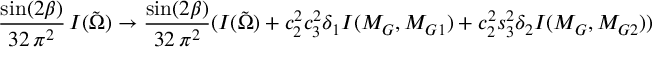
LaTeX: \frac { \sin ( 2 \beta ) } { 3 2 \, \pi ^ { 2 } } \, I ( \tilde { \Omega } ) \rightarrow \frac { \sin ( 2 \beta ) } { 3 2 \, \pi ^ { 2 } } ( I ( \tilde { \Omega } ) + c _ { 2 } ^ { 2 } c _ { 3 } ^ { 2 } \delta _ { 1 } I ( M _ { G } , M _ { G 1 } ) + c _ { 2 } ^ { 2 } s _ { 3 } ^ { 2 } \delta _ { 2 } I ( M _ { G } , M _ { G 2 } ) )